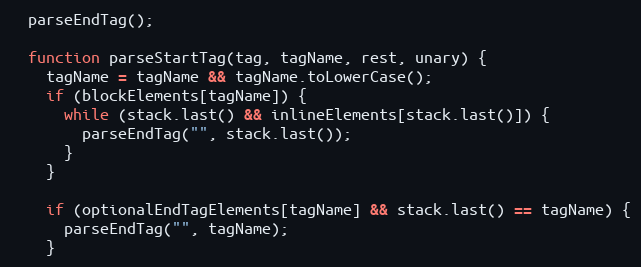
Language: JavaScript
  parseEndTag();

  function parseStartTag(tag, tagName, rest, unary) {
    tagName = tagName && tagName.toLowerCase();
    if (blockElements[tagName]) {
      while (stack.last() && inlineElements[stack.last()]) {
        parseEndTag("", stack.last());
      }
    }

    if (optionalEndTagElements[tagName] && stack.last() == tagName) {
      parseEndTag("", tagName);
    }